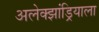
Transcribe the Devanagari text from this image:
अलेक्झांड्रियाला